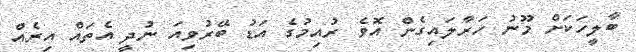
ބާލީހަކަށް މޫނު ހަރާލައިގެން އޮވެ ރުއިމުގެ އަޑު ބޭރުވިއަ ނުދީ އެތައް އިރެއް